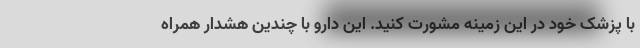
با پزشک خود در این زمینه مشورت کنید. این دارو با چندین هشدار همراه